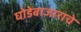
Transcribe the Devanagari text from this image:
घोडेबाजाराचे